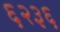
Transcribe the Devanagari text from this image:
६२३६